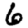
Digit: 6